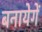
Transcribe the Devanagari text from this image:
बनायेगें